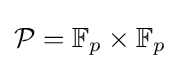
{\mathcal {P}}=\mathbb {F} _{p}\times \mathbb {F} _{p}